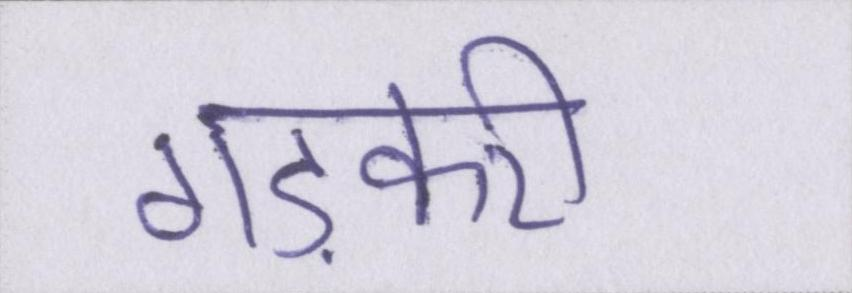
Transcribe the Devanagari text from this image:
गड़करी